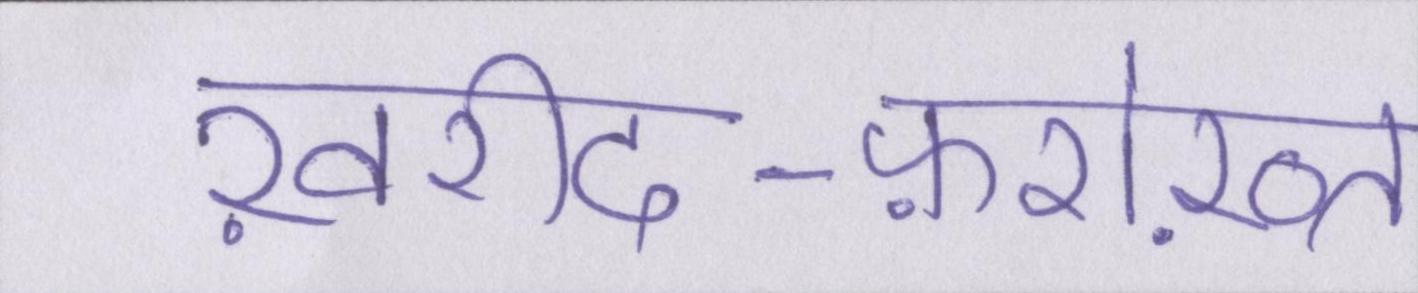
ख़रीद-फ़रोख़्त